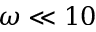
\omega \ll 1 0